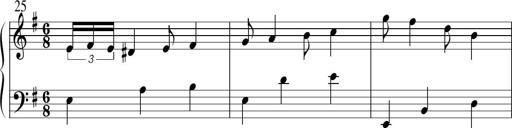
Title: Sonatine No.1 in E minor
Composer: Klaus Jung
Key: E minor